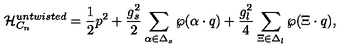
{ \cal H } _ { C _ { n } } ^ { u n t w i s t e d } = { \frac { 1 } { 2 } } p ^ { 2 } + { \frac { g _ { s } ^ { 2 } } { 2 } } \sum _ { \alpha \in \Delta _ { s } } \wp ( \alpha \cdot q ) + { \frac { g _ { l } ^ { 2 } } { 4 } } \sum _ { \Xi \in \Delta _ { l } } \wp ( \Xi \cdot q ) ,